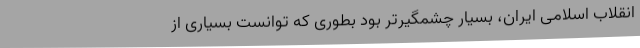
انقلاب اسلامی ایران، بسیار چشمگیرتر بود بطوری که توانست بسیاری از